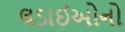
લડાઈઓનો